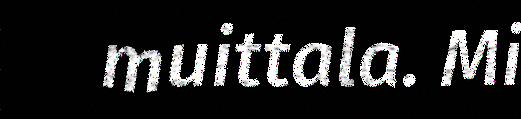
muittala. Mi